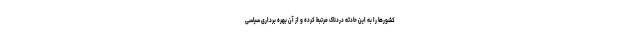
کشورها را به این حادثه دردناک مرتبط کرده و از آن بهره برداری سیاسی